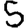
Digit: 5